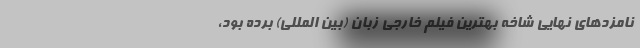
نامزدهای نهایی شاخه بهترین فیلم خارجی زبان (بین المللی) برده بود،